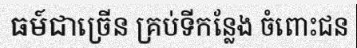
ធម៍ជាច្រើន គ្រប់ទីកន្លែង ចំពោះជន